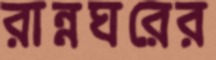
রান্নঘরের